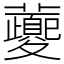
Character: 𡖂